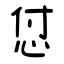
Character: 怤